Report on vaccination in Madras 1922-1929 - 1922-1929
Year: 1922
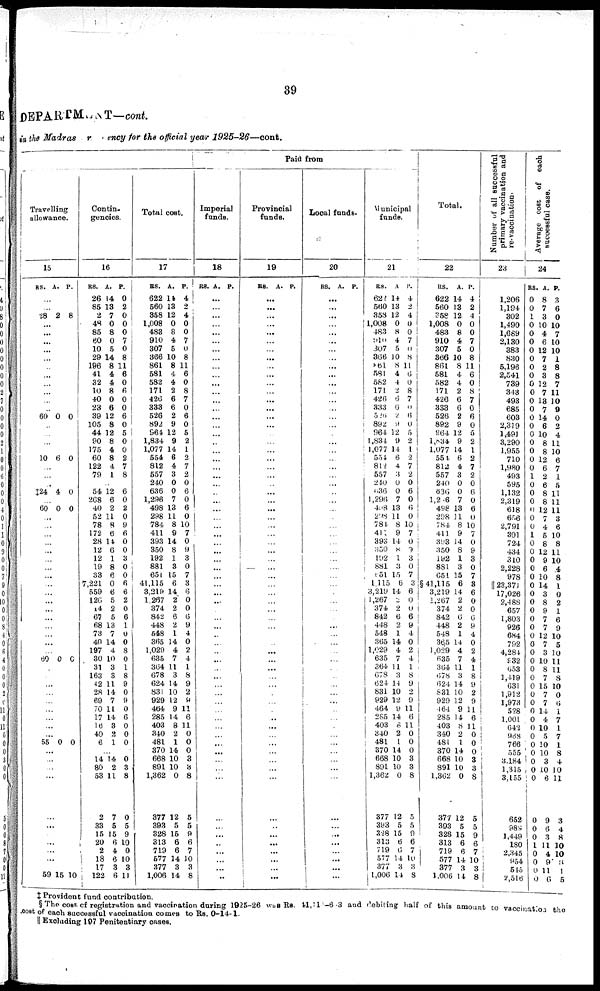
39
DEPARTMENT—cont.
in the Madras presidency for the official year
1925-26—cont.
Travelling
allowance.
15
RS.
A. P.
...
...
28 2 8
...
...
...
...
...
...
...
...
...
...
...
60 0 0
...
...
...
...
10 6 0
...
...
...
‡24 4 0
...
60 0 0
...
...
...
...
...
...
...
...
...
...
...
... ...
...
...
...
...
60 0 0
...
...
...
...
...
...
...
...
...
55 0 0
...
...
...
...
...
...
...
...
...
...
...
59 15 10
Contin-
gencies.
16
RS.
26
85
2
48
85
60
10
29
196
41
32
10
40
23
39
105
44
90
175
60
122
79
A.
14
13
7
0
8
0
5
14
8
4
4
8
0
6
12
8
12
8
4
8
4
1
P.
0
2
0
0
0
7
0
8
11
6
0
6
0
0
6
0
5
0
0
2
7
8
...
54
268
40
52
78
172
28
12
12
19
33
7,221
559
126
14
67
68
73
40
197
30
31
163
42
28
69
70
17
16
40
6
12
6
2
11
8
6
14
6
1
8
6
0
6
5
2
5
13
7
14
4
10
3
3
11
14
7
11
14
3
2
1
6
0
2
0
9
6
0
0
3
0 0
6
6
2
0
6
1
0
0
8
0
1
8
9
0
9
0
6
0
0
0
...
14
80
53
2
33
15
20
2
18
17
122
14
2
11
7
5
15
6
4
6
3
6
0
3
8
0
5
9
10
0
10
3
11
Total cost.
17
RS.
622
560
358
1,008
483
910
307
366
861
581
582
171
426
333
526
892
964
1,834
1,077
554
812
557
240
636
1,296
498
298
784
411
393
350
192
881
651
41,115
3,219
1,267
374
842
448
648
365
1,029
635
364
678
624
831
929
464
285
403
340
481
370
668
891
1,362
377
393
328
313
719
577
377
1,006
A.
14
13
12
0
8
4
5
10
8
4
4
2
6
6
2
9
12
9
14
6
4
3
0
0
7
13
11
8
9
14
8
1
3
15
6
14
2
2
6
2
1
14
4
7
11
3
14
10
12
9
14
8
2
1
14
10
10
0
12
5
15
6
6
14
3
14
P.
4
2
4
0
0
7
0
8
11
6
0
8
7
0
6
0
5
2
1
2
7
2
0
6
0
6
0
10
7
0
9 3
0
7
3
6
0
0
6
9
4
0
2
4
1
8
9
2
9
11
6
11
0
0
0
3
3
8
5
5
9
6
7
10
3
8
Paid from
Imperial
funds.
18
RS. A. P.
...
...
...
...
...
...
...
...
...
...
...
...
...
...
...
...
...
...
...
...
...
...
...
...
...
...
...
...
...
...
...
...
...
... ...
...
...
... ...
...
...
...
...
...
...
...
...
...
...
...
...
...
...
...
...
...
...
...
...
...
...
...
...
...
...
...
Provincial
funds.
19
RS. A. P.
...
...
...
...
...
...
...
...
...
...
...
...
...
...
...
...
...
...
...
...
...
...
...
...
...
...
...
...
...
...
...
...
...
...
...
...
...
...
...
...
...
...
...
...
...
...
...
...
...
...
...
...
...
...
...
...
...
...
...
...
...
...
...
...
...
...
Local funds.
20
RS. A. P.
...
...
...
...
...
...
...
...
...
...
...
...
...
...
...
...
...
...
...
...
...
...
...
...
...
...
...
...
...
...
...
...
...
...
...
...
...
...
...
...
...
...
...
...
...
...
...
...
...
...
...
...
...
...
...
...
...
...
...
...
...
...
...
...
...
...
Municipal
funds.
21
RS.
622
560
358
1,008
483
910
307
366
861
581
582
171
426
333
526
892
964
1,834
1,077
554
812
557
240
636
1,296
498
298
784
411
393
350
192
881
851
1,115
3,219
1,267
374
842
448
548
365
1,029
635
364
678
624
831
929
464
285
403
340
481
370
668
801
1,362
377
393
328
313
719
577
377
1,006
A
14
13
12
0
8
4
5
10
8
4
4
2
6
6
2
9
12
9
14
6
4
3
0
0
7
13
11
8
9
14
8
1
3
15
6
14
2
2
6
2
1
14
4
7
11
3
14
10
12
9
14
8
2
1
14
10
10
0
12
5
15
6
6
14
3
14
P.
4
2
4
0
0
7
0
8
11
6
0
8
7
0
6
0
5
2
1
2
7
2
0
6
0
6
0
10
7
0
9
3
0
7
3
6
0
0
6
9
4
0
2
4
1
8
9
2
9
11
6
11
0
0
0
3
3
8
5
5
9
6
7
10
3
8
Total.
22
RS.
622
560
358
1,008
483
910
307
866
861
581
582
171
426
333
526
892
964
1,834
1,077
554
812
557
240
636
1,246
498
298
784
411
398
350
192
881
651
§41,115
3,219
1,267
374
842
448
548
36,5
1,029
635
364
678
624
831
929
464
285
403
340
481
370
668
891
1,362
377
303
328
313
719
577
377
1,006
A.
14
13
12
0
8
4
5
10
8
4
4
2
6
6
2
9
12
9
14
6
4
3
0
0
7
13
11
8
9
14
8
1
3
15
6
14
2
2
6
2
1
14
4
7
11
3
14
10
12
9
14
8
2
1
14
10
10
0
12
5
15
6
6
14
3
14
P.
4
2
4
0
0
7
0
8
11
6
0
8
7
0
6
0
5
2
1
2
7
2
0
6
0
6
0
10
7
0
9
3
0
7
8
6
0
0
6
9
4
0
2
4
1
8
9
2
9
11
6
11
0
0
0
3
3
8
5
5
9
6
7
10
3
8
Number of all successful
primary vaccination and
re-vaccination.
23
1,206
1,194
302
1,490
1,689
2,130
383
830
5,196
2,541
739
343
493
685
603
2,319
1,491
3,290
1,955
710
1,980
493
595
1,132
2,319
618
656
2,791
301
724
434
310
2,228
978
|| 23,371
17,026
2,488
657
1,803
926
684
792
4,284
932
653
1,419
631
1 912
1,973
528
1,001
642
968
766
555
3,184
1,315
3,155
652
989
1,449
180
2,345
954
545
2,516
Average cost of each
successful case.
24
RS.
0
0
1
0
0
0
0
0
0
0
0
0
0
0
0
0
0
0
0
0
0
1
0
0
0
0
0
0
1
0
0
0
0
0
0
0
0
0
0
0
0
0
0
0
0
0
0
0
0
0
0
0
0
0
0
0
0
0
0
0
0
1
0
0
0
0
A.
8
7
3
10
4
6
12
7
2
3
12
7
13
7
14
6
10
8
8
12
6
2
6
8
8
12
7
4
5
8
12
9
6
10
14
3
8
9
7
7
12
7
3
10
8
7
15
7
7
14
4
10
5
10
10
3
10
6
9
6
3
11
4
9
11
6
P.
3
6
0
10
7
10
10
1
8
8
7
11
10
9
0
2
4
11
10
6
7
1
5
11
11
11
3
6
10
8
11
10
4
8
1
0
2
1
6
9
10
5
10
11
11
8
10
0
6
1
7
1
7
1
8
4
10
11
3
4
8
10
10
8
1
5
‡ Provident fund contribution.
§ The cost of registration and vaccination during 1925-26 was RS. 41,3l2-6.3 and debiting half of this amount to vaccination the
cost of each successful vaccination comes to Rs. 0-14-1.
|| Excluding 197 Penitentiary cases.